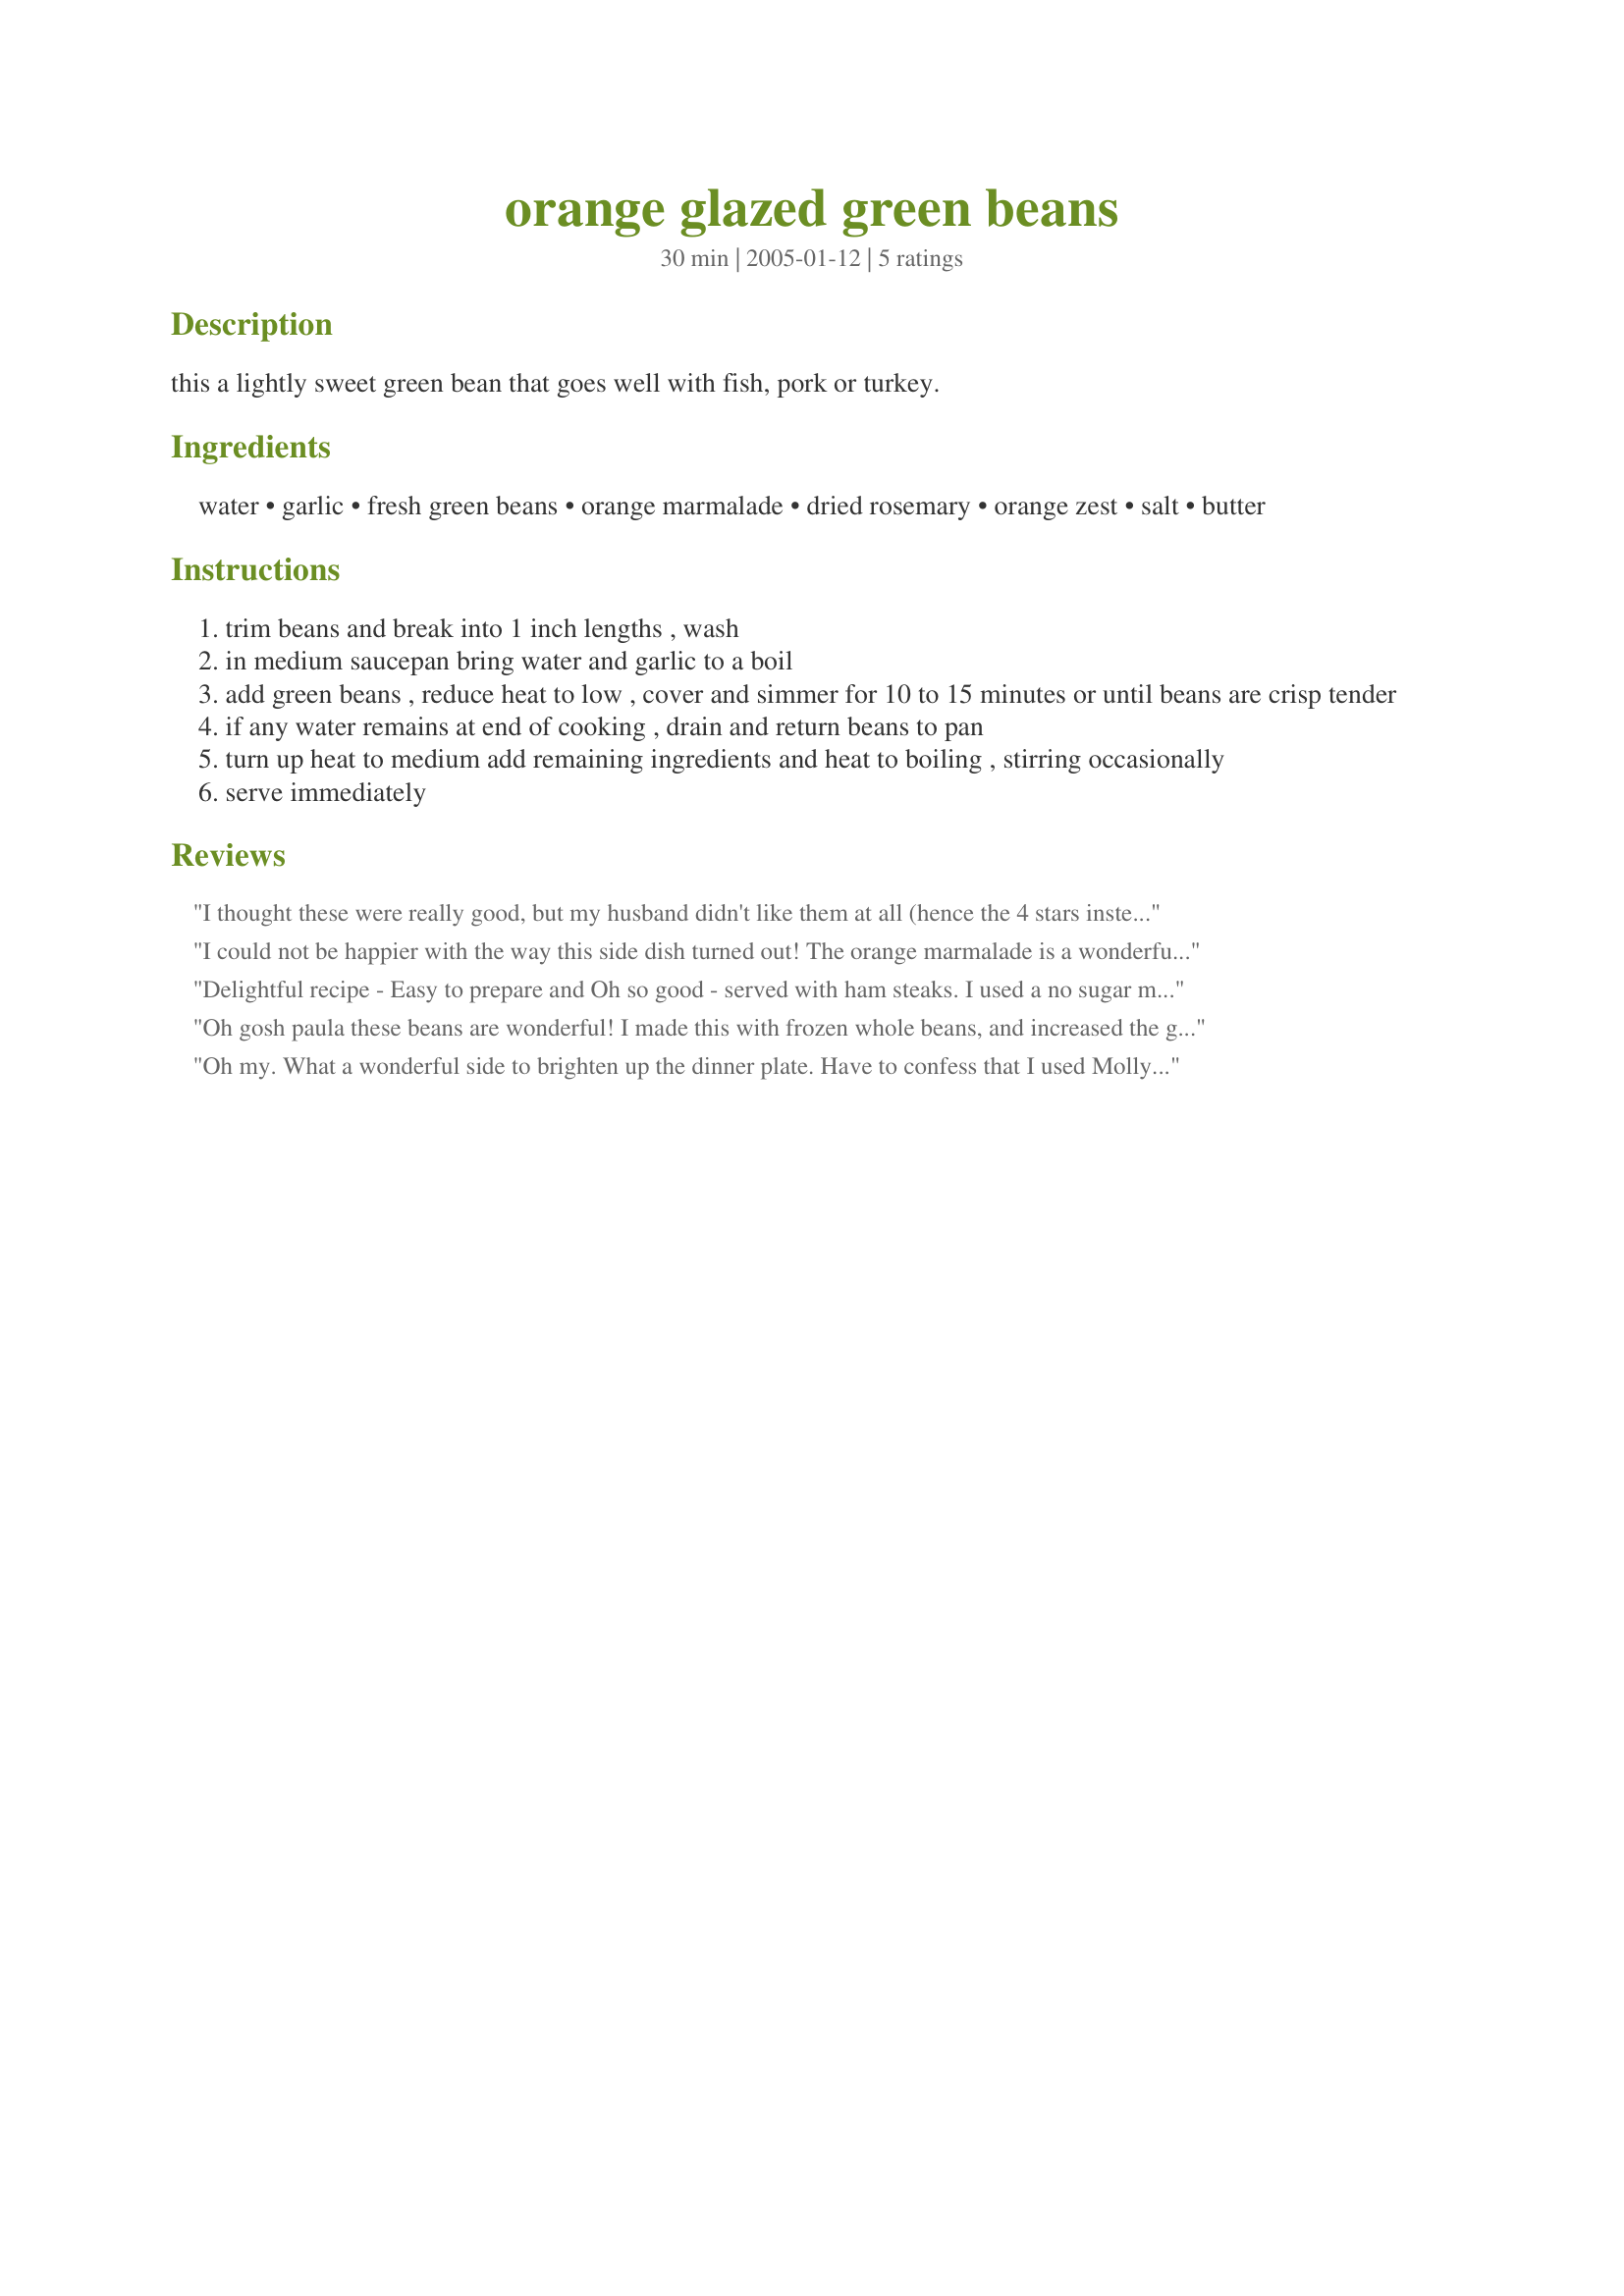
orange glazed green beans
Preparation time: 30 minutes

this a lightly sweet green bean that goes well with fish, pork or turkey.

Ingredients:
water, garlic, fresh green beans, orange marmalade, dried rosemary, orange zest, salt, butter

Steps:
trim beans and break into 1 inch lengths , wash
in medium saucepan bring water and garlic to a boil
add green beans , reduce heat to low , cover and simmer for 10 to 15 minutes or until beans are crisp tender
if any water remains at end of cooking , drain and return beans to pan
turn up heat to medium add remaining ingredients and heat to boiling , stirring occasionally
serve immediately

Reviews:
I thought these were really good, but my husband didn't like them at all (hence the 4 stars instead of 5). He asked me not to make them again. Thanks anyway
I could not be happier with the way this side dish turned out! The orange marmalade is a wonderful glaze medium for green beans! The slightly sweet glaze is a perfect complement to the beans. The orange flavor is not overpowering and the combination with the rosemary (I used fresh rosemary) is a pairing that really enhances the green beans. They would be a great side dish for chicken, seafood or even pork. Your directions were easy to follow and the beans were perfectly cooked with a nice slight crunch and texture. I couldn't find a negative thing to say about this easy, fast, and delicious green bean recipe. Total 5 Stars!
Delightful recipe - Easy to prepare and Oh so good - served with ham steaks. I used a no sugar marmalade
Definitely make again recipe
Oh gosh paula these beans are wonderful! I made this with frozen whole beans, and increased the garlic and marmalade...I can't wait to try this recipe using fresh beans, an easy and delicious recipe, thanks for sharing!...Kitten:)
Oh my. What a wonderful side to brighten up the dinner plate. Have to confess that I used Molly McButter in lieu of the real stuff to keep this on track with my WW program. Even so, it was delicious enough that I've made this two days in a row, once with grilled chicken, once with pork chops. On the second night I added about a 1/2 teaspoon of minced ginger that worked so well with the orange and rosemary. Thanks Paula.
